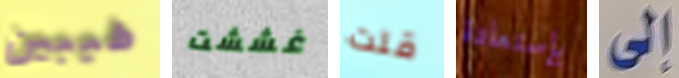
طيبين غششت قلت بإستعادة إلى